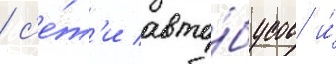
/ с'е́т'и авто́бусов и́